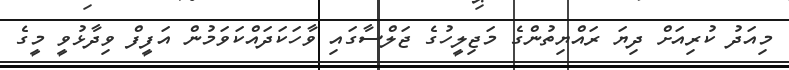
މިއަދު ކުރިއަށް ދިޔަ ރައްޔިތުންގެ މަޖިލީހުގެ ޖަލްސާގައި ވާހަކަދައްކަވަމުން އަފީފް ވިދާޅުވީ މީގެ